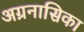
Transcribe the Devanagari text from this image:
अग्रनासिका